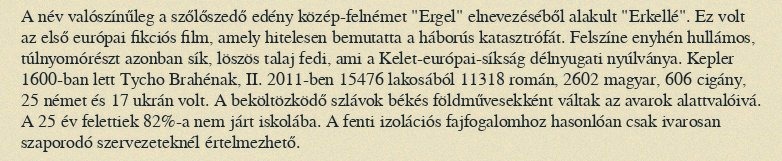
A név valószínűleg a szőlőszedő edény közép-felnémet "Ergel" elnevezéséből alakult "Erkellé". Ez volt az első európai fikciós film, amely hitelesen bemutatta a háborús katasztrófát. Felszíne enyhén hullámos, túlnyomórészt azonban sík, löszös talaj fedi, ami a Kelet-európai-síkság délnyugati nyúlványa. Kepler 1600-ban lett Tycho Brahénak, II. 2011-ben 15476 lakosából 11318 román, 2602 magyar, 606 cigány, 25 német és 17 ukrán volt. A beköltözködő szlávok békés földművesekként váltak az avarok alattvalóivá. A 25 év felettiek 82%-a nem járt iskolába. A fenti izolációs fajfogalomhoz hasonlóan csak ivarosan szaporodó szervezeteknél értelmezhető.